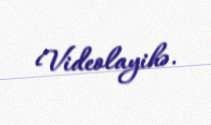
Videolayihə.